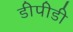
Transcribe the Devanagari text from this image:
डीपीडी